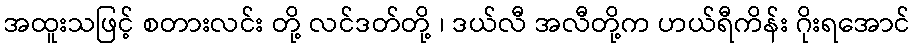
အထူးသဖြင့် စတားလင်း တို့ လင်ဒတ်တို့ ၊ ဒယ်လီ အလီတို့က ဟယ်ရီကိန်း ဂိုးရအောင်